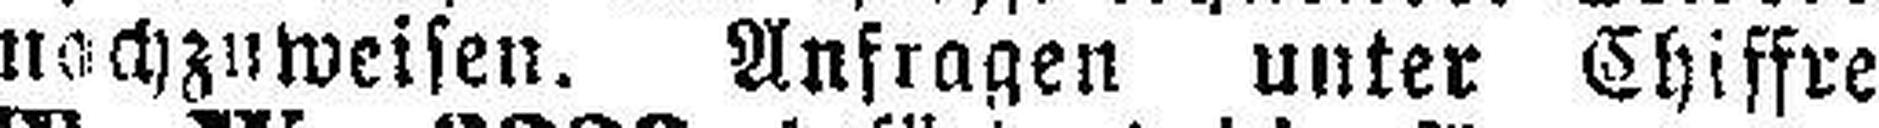
nachzuweisen. Anfragen unter Chiffre